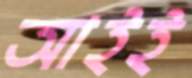
আইই